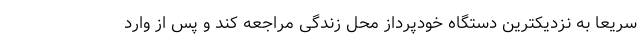
سریعا به نزدیکترین دستگاه خودپرداز محل زندگی مراجعه کند و پس از وارد